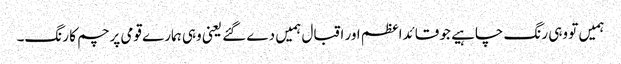
ہمیں تو وہی رنگ چاہیے جو قائداعظم اور اقبال ہمیں دے گئے یعنی وہی ہمارے قومی پرچم کا رنگ۔